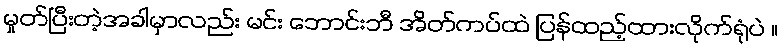
မှုတ်ပြီးတဲ့အခါမှာလည်း မင်း ဘောင်းဘီ အိတ်ကပ်ထဲ ပြန်ထည့်ထားလိုက်ရုံပဲ ။